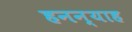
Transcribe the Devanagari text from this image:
हनन्याह